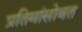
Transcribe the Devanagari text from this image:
प्रतिमांसोबत